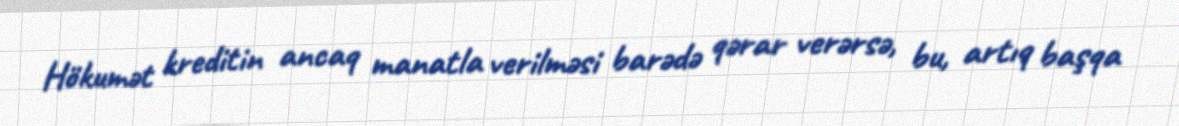
Hökumət kreditin ancaq manatla verilməsi barədə qərar verərsə, bu, artıq başqa